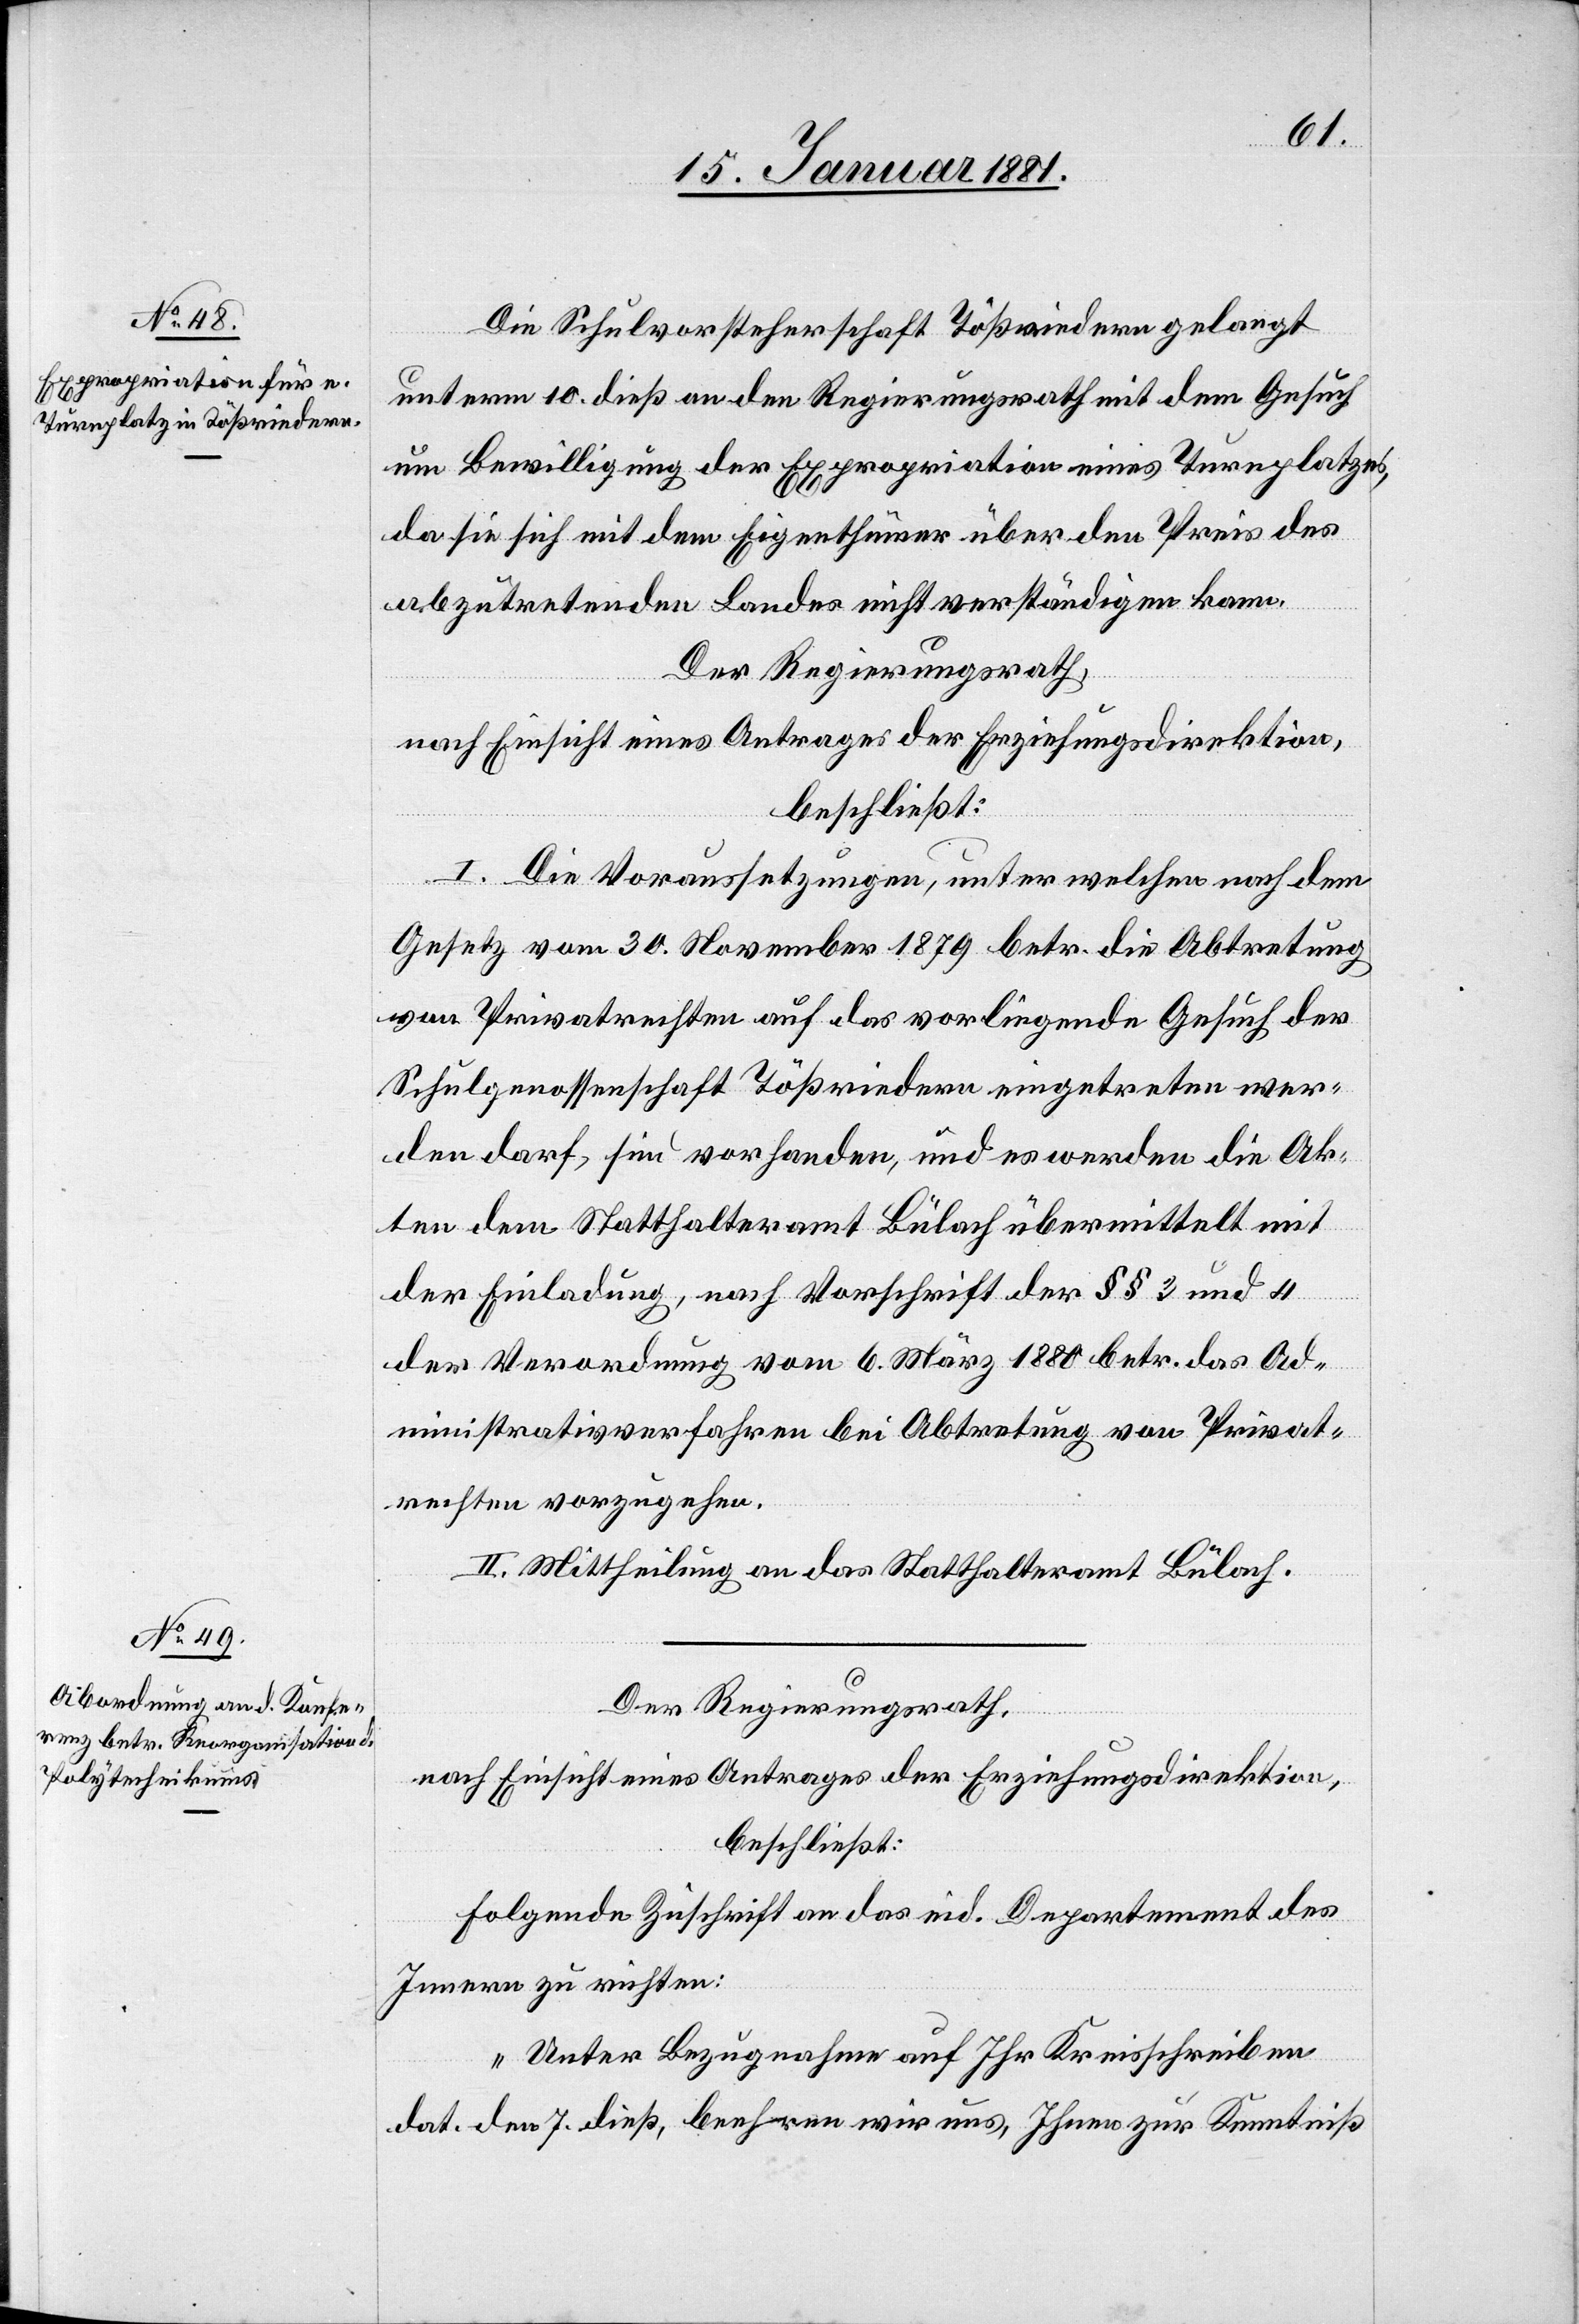
Die Schulvorsteherschaft Tößriedern gelangt
unterm 10. dieß an den Regierungsrath mit dem Gesuch
um Bewilligung der Expropriation eines Turnplatzes,
da sie sich mit dem Eigenthümer über den Preis des
abzutretenden Landes nicht verständigen kann.
Der Regierungsrath,
nach Einsicht eines Antrages der Erziehungsdirektion,
beschließt:
I. Die Voraussetzungen, unter welchen nach dem
Gesetz vom 30. November 1879 betr. die Abtretung
von Privatrechten auf das vorliegende Gesuch der
Schulgenossenschaft Tößriedern eingetreten wer¬
den darf, sind vorhanden, und es werden die Ak¬
ten dem Statthalteramt Bülach übermittelt mit
der Einladung, nach Vorschrift der §§ 3 und 4
der Verordnung vom 6. März 1880 betr. das Ad¬
ministrativverfahren bei Abtretung von Privat¬
rechten vorzugehen.
II. Mittheilung an das Statthalteramt Bülach.
Der Regierungsrath,
nach Einsicht eines Antrages der Erziehungsdirektion,
beschließt:
Folgende Zuschrift an das eid. Departement des
Innern zu richten:
„Unter Bezugnahme auf Ihr Kreisschreiben
dat. den 7. dieß, beehren wir uns, Ihnen zur Kenntniß